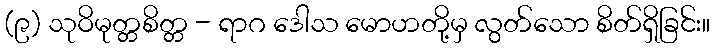
(၉) သုဝိမုတ္တစိတ္တ - ရာဂ ဒေါသ မောဟတို့မှ လွတ်သော စိတ်ရှိခြင်း။